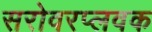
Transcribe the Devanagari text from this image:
सरोवरप्लवक